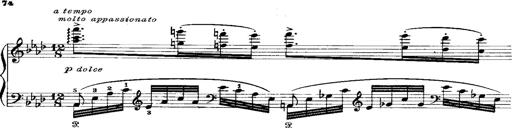
Title: Miserere du Trovatore
Composer: Franz Liszt